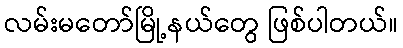
လမ်းမတော်မြို့နယ်တွေ ဖြစ်ပါတယ်။